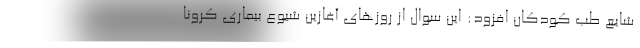
شایع طب کودکان افزود: این سوال از روزهای آغازین شیوع بیماری کرونا